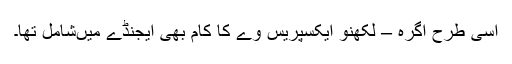
اسی طرح آگرہ – لکھنؤ ایکسپریس وے کا کام بھی ایجنڈے میںشامل تھا۔